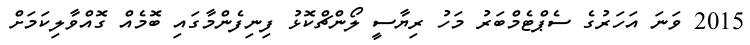
2015 ވަނަ އަހަރުގެ ސެޕްޓެމްބަރު މަހު ރިޔާސީ ލޯންޗްކޮޅު ފިނިފެންމާގައި ބޮމެއް ގޮއްވާލިކަމަށް